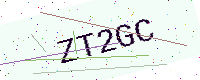
Text: ZT2GC